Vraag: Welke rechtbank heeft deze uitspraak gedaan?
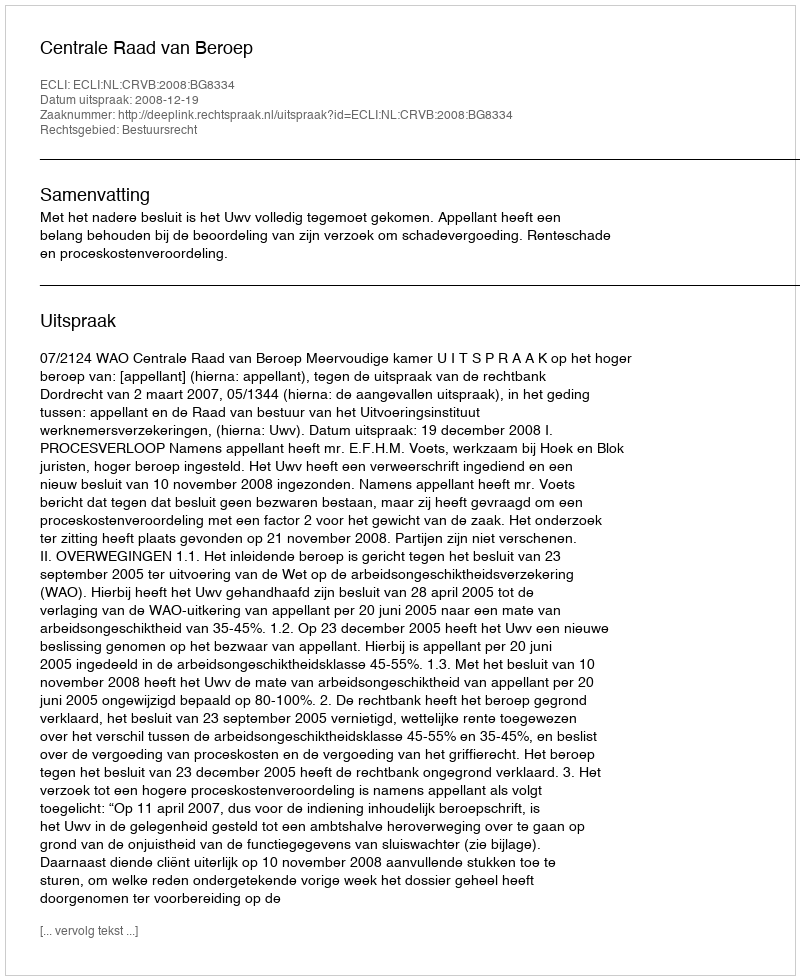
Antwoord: Centrale Raad van Beroep